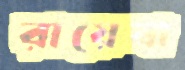
রায়েবা